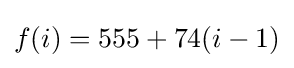
f(i)=555+74(i-1)